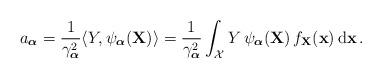
LaTeX: \begin{align*}a_{\boldsymbol{\alpha}} = \frac{1}{\gamma_{\boldsymbol{\alpha}}^2} \langle Y, \psi_{\boldsymbol{\alpha}}(\mathbf{X})\rangle = \frac{1}{\gamma_{\boldsymbol{\alpha}}^2} \int_{\mathcal{X}} Y \, \psi_{\boldsymbol{\alpha}}(\mathbf{X}) \, f_{\mathbf{X}}(\mathbf{x}) \, \mathrm{d}\mathbf{x} \, .\end{align*}